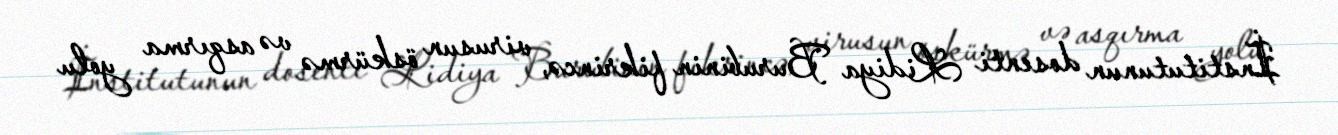
İnstitutunun dosenti Lidiya Burubinin fikrincə, virusun öskürmə və asqırma yolu